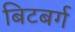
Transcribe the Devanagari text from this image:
बिटबर्ग